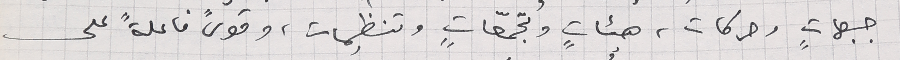
جبهاتٍ وحركات، هيئاتٍ وتجمّعاتٍ، وتنظيمات، وقوىً فاعلةً على